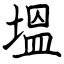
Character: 塭